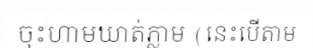
ចុះហាមឃាត់ភ្លាម (នេះបើតាម